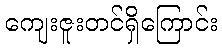
ကျေးဇူးတင်ရှိကြောင်း